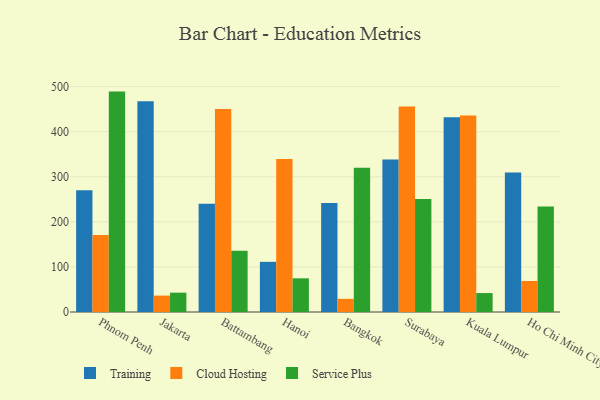
{"axis": {"x": "City", "y": "Market Share (%)"}, "legend": ["Cloud Hosting", "Service Plus", "Training"], "data": [{"x": "Phnom Penh", "y": 269.8, "type": "Training"}, {"x": "Phnom Penh", "y": 170.6, "type": "Cloud Hosting"}, {"x": "Phnom Penh", "y": 488.9, "type": "Service Plus"}, {"x": "Jakarta", "y": 467.3, "type": "Training"}, {"x": "Jakarta", "y": 36.4, "type": "Cloud Hosting"}, {"x": "Jakarta", "y": 42.9, "type": "Service Plus"}, {"x": "Battambang", "y": 240.1, "type": "Training"}, {"x": "Battambang", "y": 450.2, "type": "Cloud Hosting"}, {"x": "Battambang", "y": 135.9, "type": "Service Plus"}, {"x": "Hanoi", "y": 111.3, "type": "Training"}, {"x": "Hanoi", "y": 339.2, "type": "Cloud Hosting"}, {"x": "Hanoi", "y": 74.7, "type": "Service Plus"}, {"x": "Bangkok", "y": 242.0, "type": "Training"}, {"x": "Bangkok", "y": 29.2, "type": "Cloud Hosting"}, {"x": "Bangkok", "y": 320.1, "type": "Service Plus"}, {"x": "Surabaya", "y": 338.4, "type": "Training"}, {"x": "Surabaya", "y": 456.1, "type": "Cloud Hosting"}, {"x": "Surabaya", "y": 250.5, "type": "Service Plus"}, {"x": "Kuala Lumpur", "y": 432.0, "type": "Training"}, {"x": "Kuala Lumpur", "y": 435.9, "type": "Cloud Hosting"}, {"x": "Kuala Lumpur", "y": 42.0, "type": "Service Plus"}, {"x": "Ho Chi Minh City", "y": 309.7, "type": "Training"}, {"x": "Ho Chi Minh City", "y": 68.8, "type": "Cloud Hosting"}, {"x": "Ho Chi Minh City", "y": 234.2, "type": "Service Plus"}]}